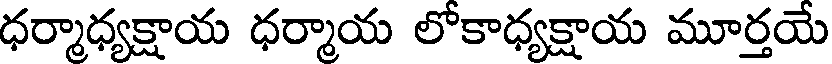
ధర్మాధ్యక్షాయ ధర్మాయ లోకాధ్యక్షాయ మూర్తయే